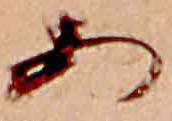
あ